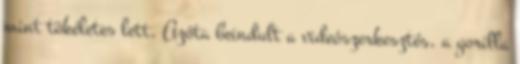
mint tökéletes lett. Azóta beindult a videószerkesztés, a gorilla